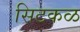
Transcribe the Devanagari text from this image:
सिटकळ